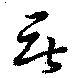
無